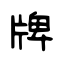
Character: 牌